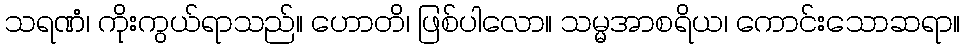
သရဏံ၊ ကိုးကွယ်ရာသည်။ ဟောတိ၊ ဖြစ်ပါလော။ သမ္မအာစရိယ၊ ကောင်းသောဆရာ။